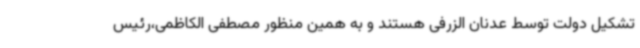
تشکیل دولت توسط عدنان الزرفی هستند و به همین منظور مصطفی الکاظمی،رئیس